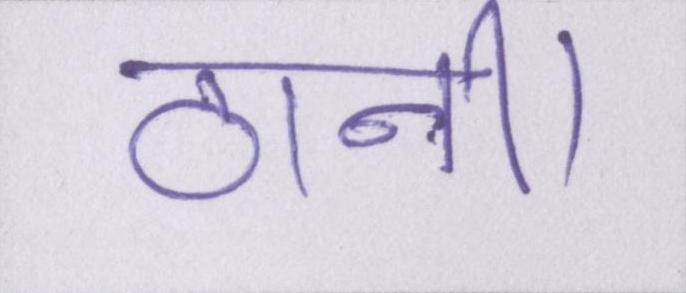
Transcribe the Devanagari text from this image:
ठानी।